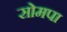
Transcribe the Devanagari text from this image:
सोमपा